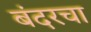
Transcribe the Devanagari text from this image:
बंदरचा